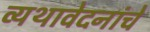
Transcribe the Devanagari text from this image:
व्यथावेदनांचे